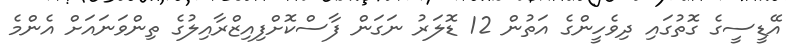
އޭޑީސީގެ ގޮތުގައި ދިވެހީންގެ އަތުން 12 ޑޮލަރު ނަގަން ފާސްކޮށްފިއިޒްރާއިލުގެ ތިންވަނައަށް އެންމެ